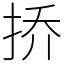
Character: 挢